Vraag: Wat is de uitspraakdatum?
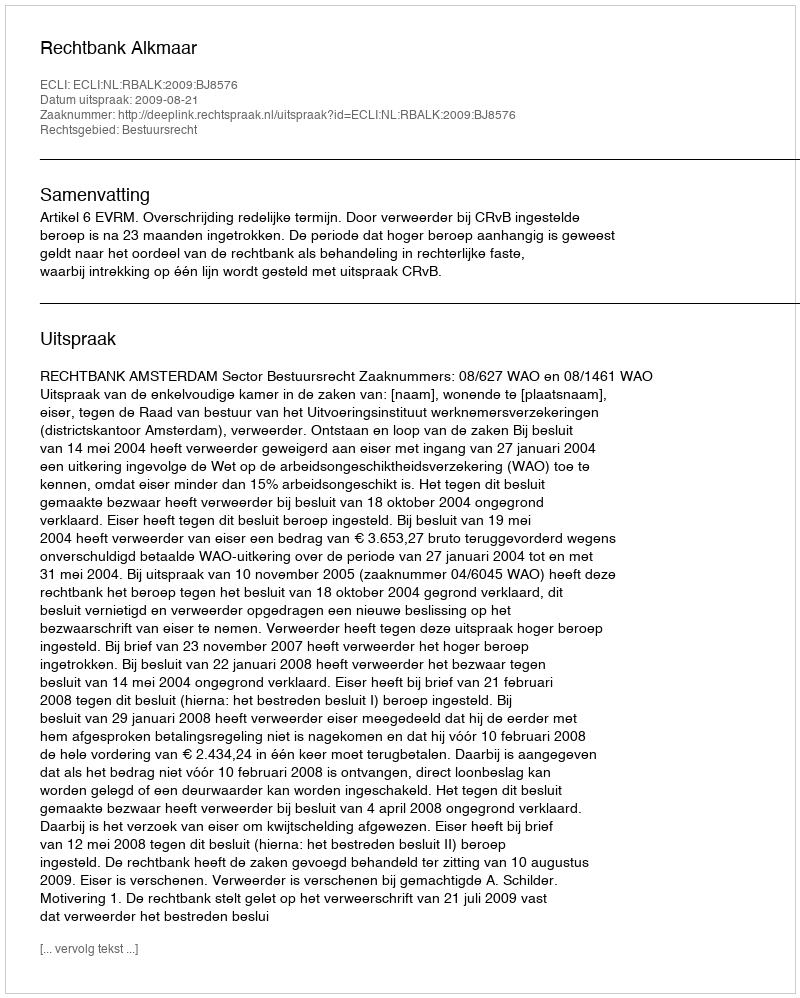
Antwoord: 2009-08-21